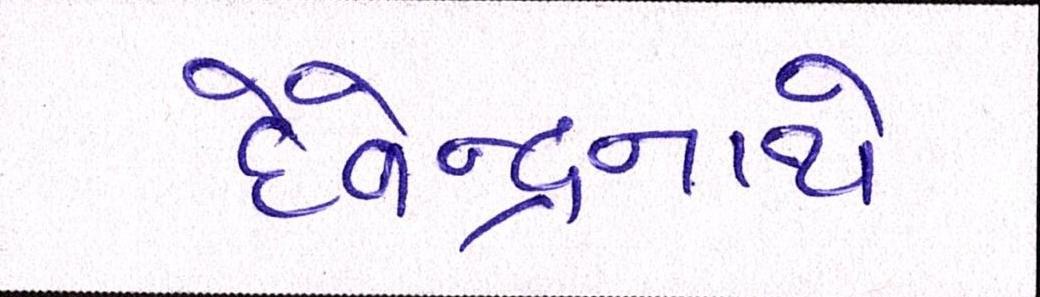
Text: દેવેન્દ્રનાથે